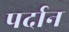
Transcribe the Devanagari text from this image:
पर्दान